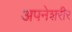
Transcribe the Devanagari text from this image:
अपनेशरीर